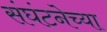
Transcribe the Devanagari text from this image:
संघंटनेच्या